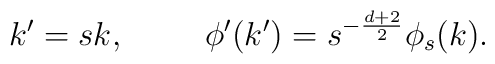
k^{\prime}=sk, \hspace{1.0cm} \phi^{\prime}(k^{\prime})=s^{-\frac{d+2}{2}}\phi_s (k).